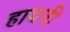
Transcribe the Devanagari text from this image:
हायनी